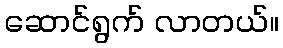
ဆောင်ရွက် လာတယ်။